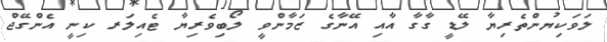
ލަވަކިޔުންތެރިޔާ ލޭޑީ ގާގާ އާއި އޭނާގެ ޒަމާންވީ ލޯބިވެރިޔާ ޓެއިލަރ ކިނީ އެންގޭޖް